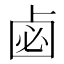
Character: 𠧸